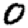
Digit: 0